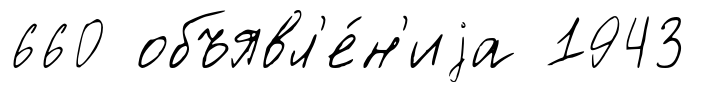
660 объявл'е́н'иjа 1943